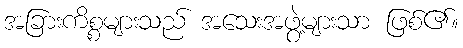
အခြားကိစ္စများသည် အသေးအဖွဲ့များသာ ဖြစ်၏။